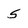
Character: 5